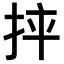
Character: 𢬪